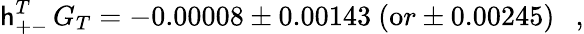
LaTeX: \mathsf{h}_{+-}^{T}\, G_{T}=-0.00008\pm0.00143\ ({\mathrm{o}r}\pm0.00245)\ \ \ ,